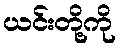
ယင်းတို့ကို